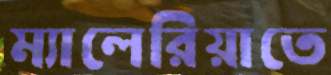
ম্যালেরিয়াতে